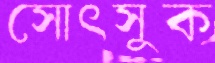
সোৎসুক